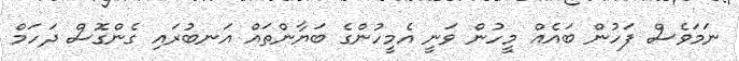
ނަމަވެސް ފަހުން ބައެއް މީހުން ވަނީ އެމީހުންގެ ބަޔާންތައް އަނބުރައި ގެންގޮސް ދަހަމް